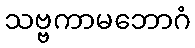
သဗ္ဗကာမဘောဂံ